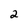
Character: 2